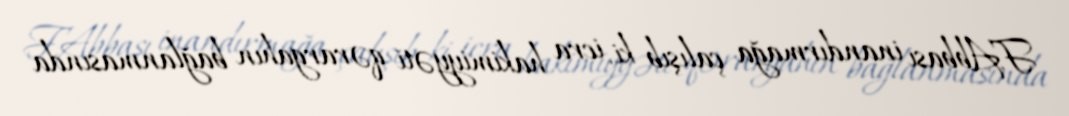
F.Abbası inandırmağa çalışıb ki, icra hakimiyyəti qərargahın bağlanmasında